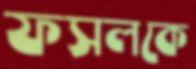
ফসলকে